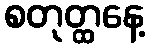
စတုတ္ထနေ့